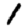
Digit: 1